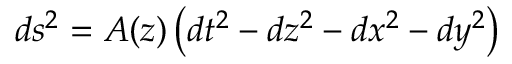
d s ^ { 2 } = A ( z ) \left( d t ^ { 2 } - d z ^ { 2 } - d x ^ { 2 } - d y ^ { 2 } \right)